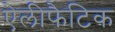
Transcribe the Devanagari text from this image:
ऐलीफैटिक